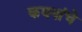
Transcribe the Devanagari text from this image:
कवनांचे